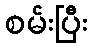
စမ်းပြီး